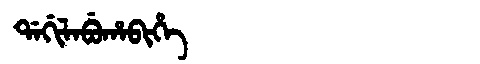
Manchu: ᡩᠠᡤᡳᠯᠠᠪᡠᡥᠠᠪᡳᡥᡝ
Romanization: DAGILABUHABIHE